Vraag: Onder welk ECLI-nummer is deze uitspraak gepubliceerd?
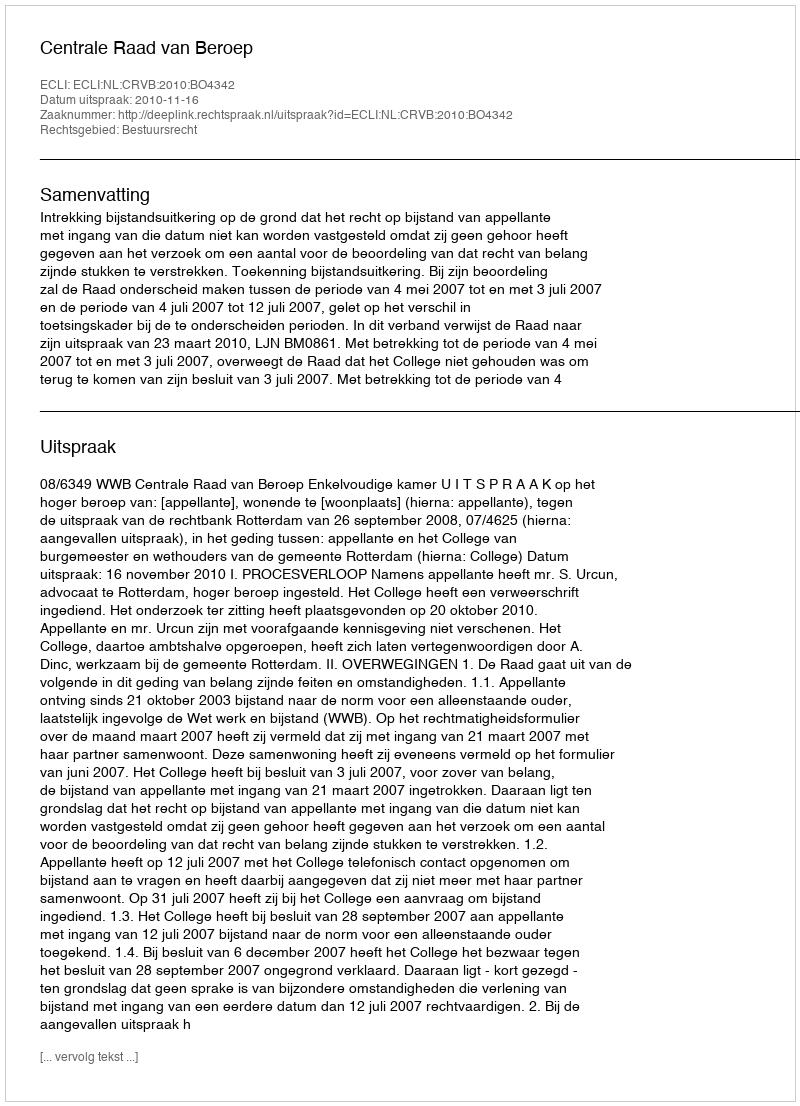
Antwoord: ECLI:NL:CRVB:2010:BO4342